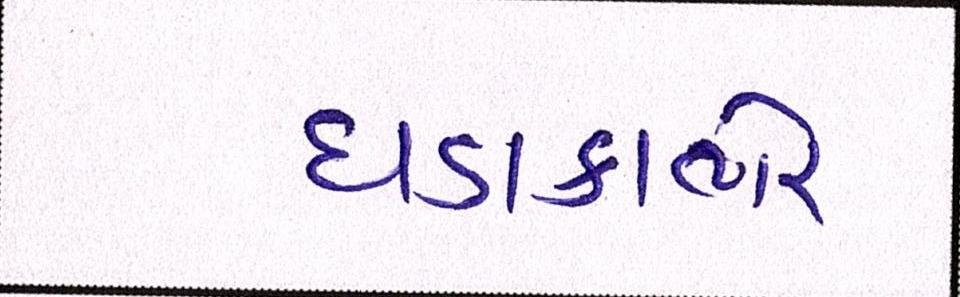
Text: ધડાકાભેર